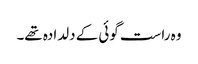
وہ راست گوئی کے دلدادہ تھے۔